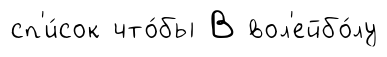
сп'и́сок что́бы В вол'ейбо́лу